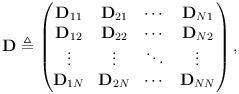
LaTeX: \begin{align*}\mathbf{D}\triangleq\begin{pmatrix} \mathbf{D}_{11} & \mathbf{D}_{21} & \cdots & \mathbf{D}_{N1} \\ \mathbf{D}_{12} & \mathbf{D}_{22} & \cdots & \mathbf{D}_{N2} \\ \vdots & \vdots & \ddots & \vdots \\ \mathbf{D}_{1N} & \mathbf{D}_{2N} & \cdots & \mathbf{D}_{NN}\end{pmatrix},\end{align*}